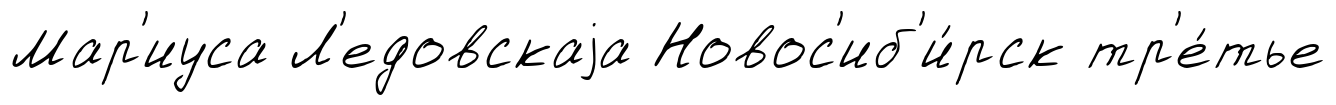
Мар'иуса Л'едовскаjа Новос'иб'и́рск тр'е́тье